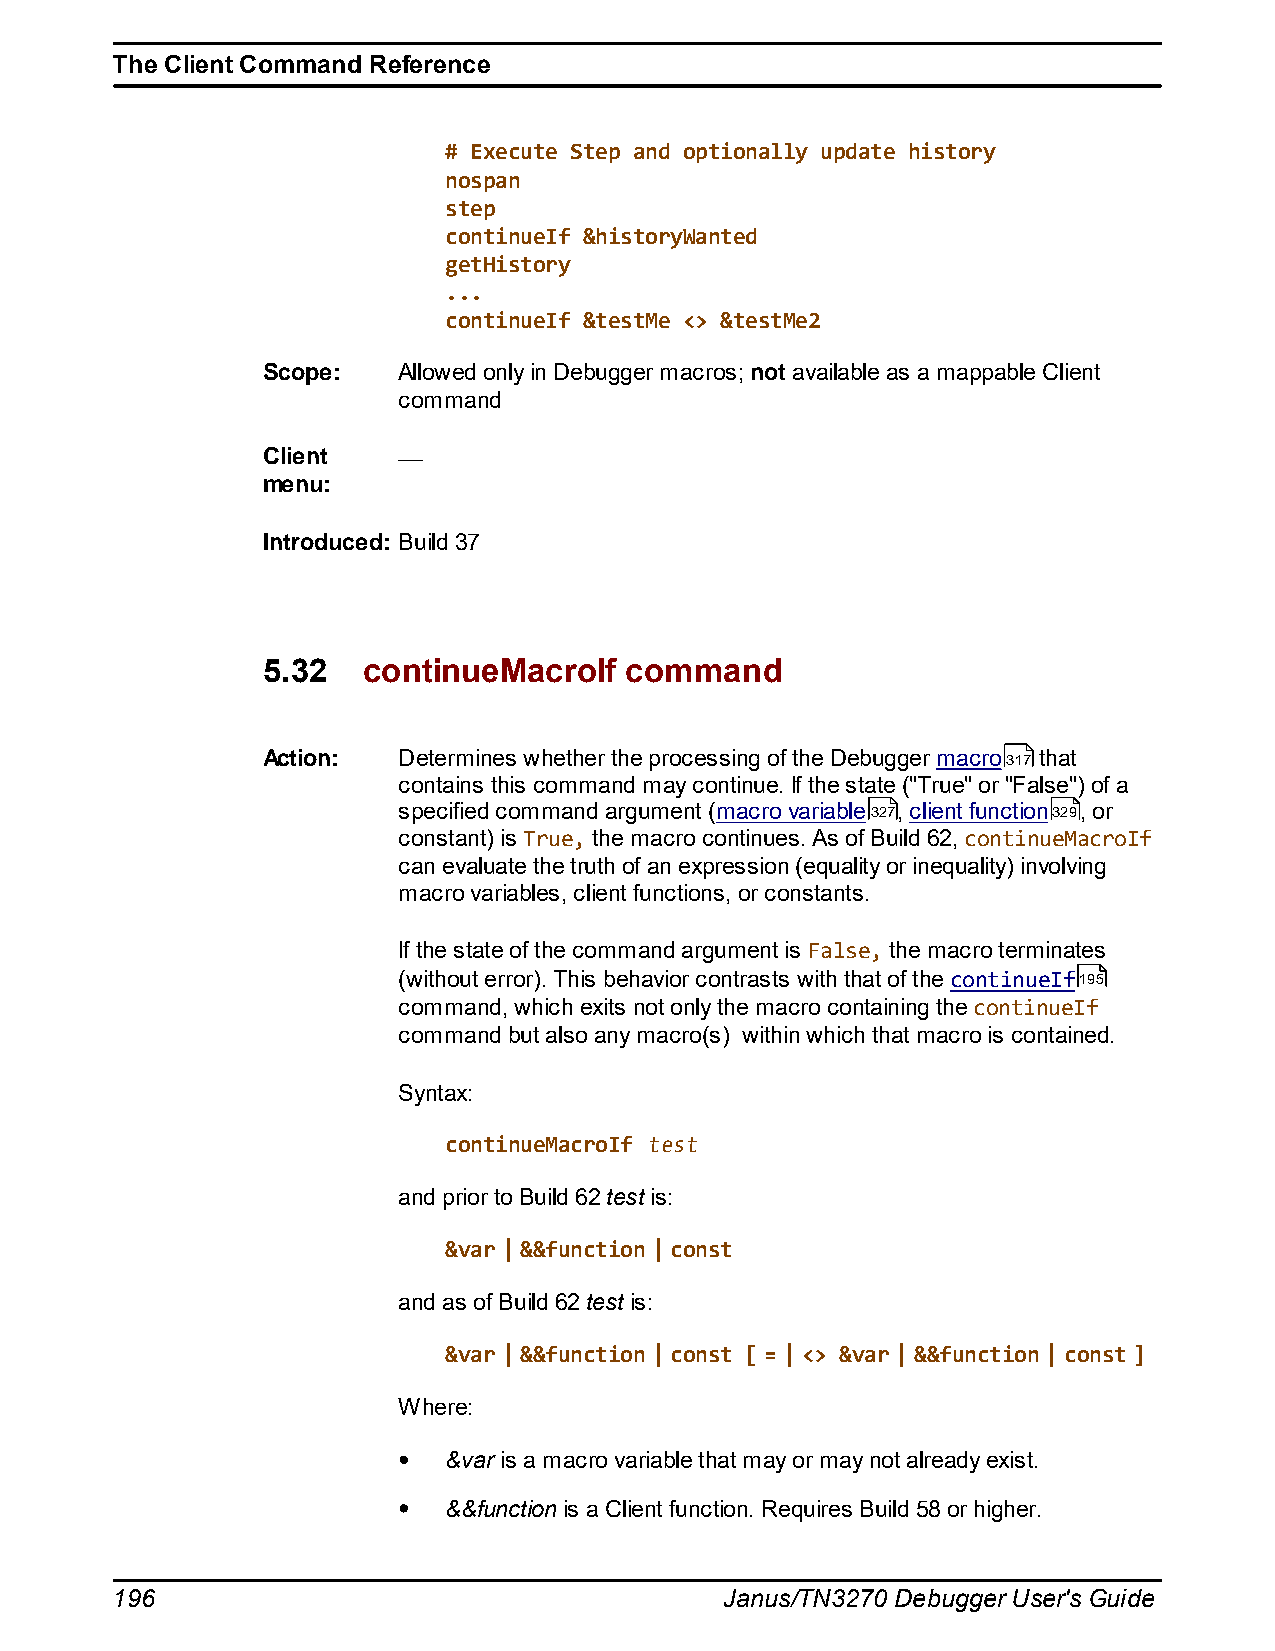
The Client Command Reference
 # Execute Step and optionally update history
 nospan
 step
 continueIf &historyWanted
 getHistory
 ...
 continueIf &testMe <> &testMe2
 Scope:   Allowed only in Debugger macros; not available as a mappable Client
 command
 Client
 menu:
 Introduced: Build 37
 5.32   continueMacroIf  command
 Action:  Determines whether the processing of the Debugger macro317 that
 contains this command may continue. If the state ("True" or "False") of a
 specified command argument (macro variable327, client function329, or
 constant) is True, the macro continues. As of Build 62, continueMacroIf
 can evaluate the truth of an expression (equality or inequality) involving
 macro variables, client functions, or constants.
 If the state of the command argument is False, the macro terminates
 (without error). This behavior contrasts with that of the continueIf195
 command, which exits not only the macro containing the continueIf
 command but also any macro(s) within which that macro is contained.
 Syntax:
 continueMacroIf test
 and prior to Build 62 test is:
 &var | &&function | const
 and as of Build 62 test is:
 &var | &&function | const [ = | <> &var | &&function | const ]
 Where:
 &var is a macro variable that may or may not already exist.
 &&function is a Client function. Requires Build 58 or higher.
 196                                      Janus/TN3270 Debugger User's Guide